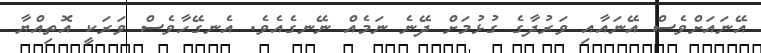
އޭނައަށްވެސް އޭނައާއި ވަރުދާގެ ގުޅުމަށް ދޭނެ ނަމެއް ނޭނގެއެވެ. އެނގޭހާވެސް ވަރަކީ އޮތިއްޔާ